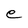
Character: e